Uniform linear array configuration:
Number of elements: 32
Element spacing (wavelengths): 0.25
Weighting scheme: exponential
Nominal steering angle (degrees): -30
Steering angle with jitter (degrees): -30.469
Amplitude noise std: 0.05
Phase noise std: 0.05

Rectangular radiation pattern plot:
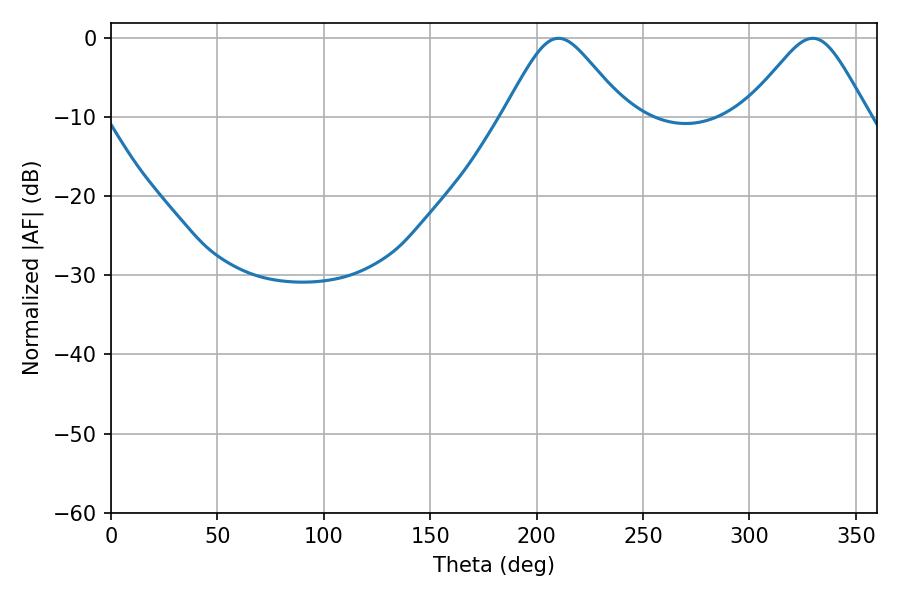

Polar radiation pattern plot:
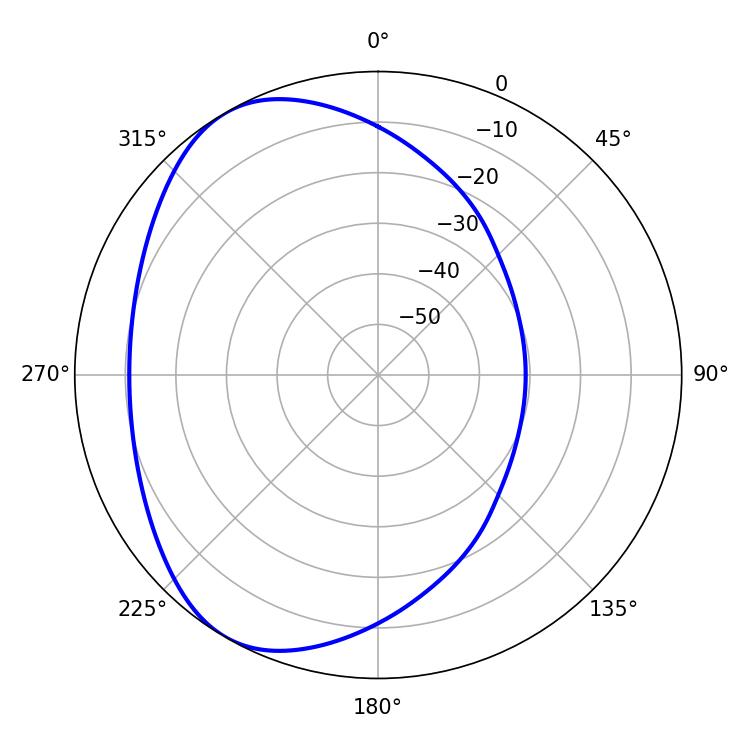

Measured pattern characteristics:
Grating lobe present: FALSE
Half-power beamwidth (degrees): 27.72
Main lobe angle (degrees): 210.24